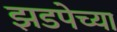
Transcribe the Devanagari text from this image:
झडपेच्या